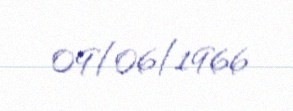
09/06/1966